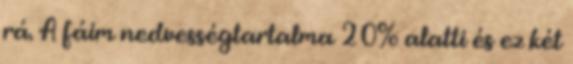
rá. A fáim nedvességtartalma 20% alatti és ez két